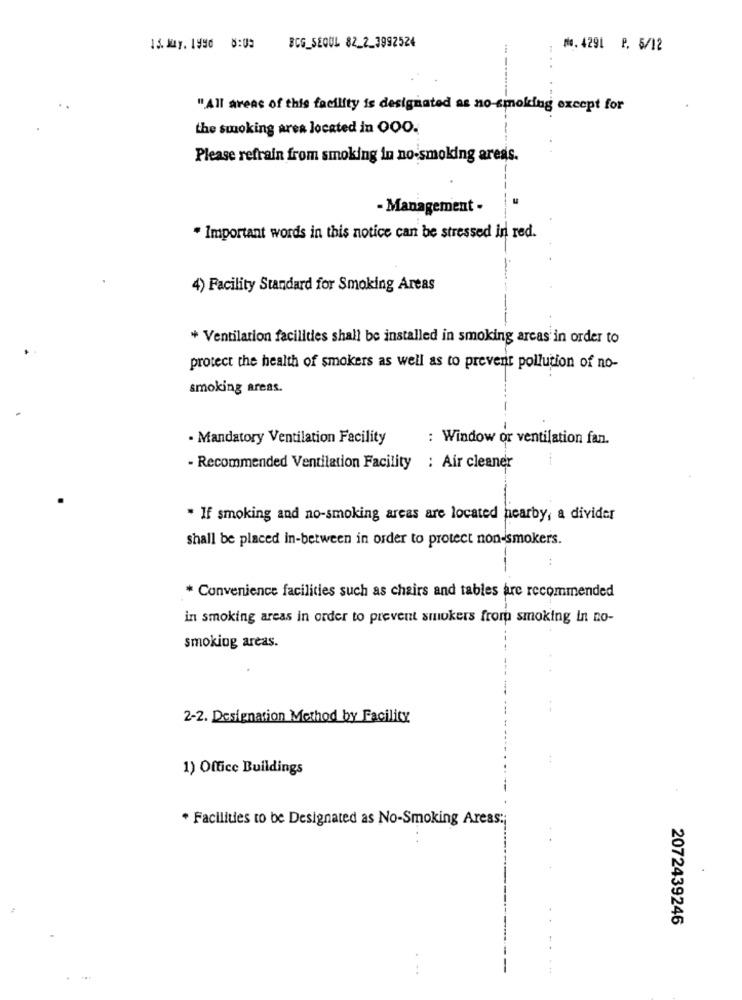
13.124Y. 1990 8:03
BCG_SEOUL 82_2_3992524
₦.4291 P. 5/12
"All areas of this facility is designated as no-smoking except for
the smoking area located in QOO.
Please refrain from smoking in no-smoking areas.
- Management -
* Important words in this notice can be stressed in red.
4) Facility Standard for Smoking Areas
* Ventilation facilities shall be installed in smoking areas in order to
protect the health of smokers as well as to prevent pollution of no-
smoking areas.
· Mandatory Ventilation Facility
: Window or ventilation fan.
- Recommended Ventilation Facility : Air cleaner
* If smoking and no-smoking areas are located nearby, a divider
shall be placed in-between in order to protect non-smokers.
* Convenience facilities such as chairs and tables are recommended
in smoking areas in order to prevent smokers from smoking In no-
smoking areas.
2-2. Designation Method by Facility
1) Office Buildings
* Facilities to be Designated as No-Smoking Areas :;
2072439246